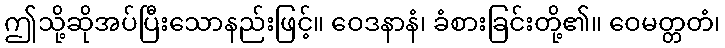
ဤသို့ဆိုအပ်ပြီးသောနည်းဖြင့်။ ဝေဒနာနံ၊ ခံစားခြင်းတို့၏။ ဝေမတ္တတံ၊